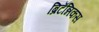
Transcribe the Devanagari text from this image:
ब्रिटॅन्निकस